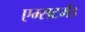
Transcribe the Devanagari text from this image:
एम्सटर्मड